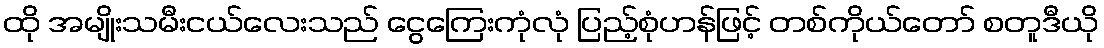
ထို အမျိုးသမီးငယ်လေးသည် ငွေကြေးကုံလုံ ပြည့်စုံဟန်ဖြင့် တစ်ကိုယ်တော် စတူဒီယို